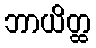
ဘာယိတ္ထ